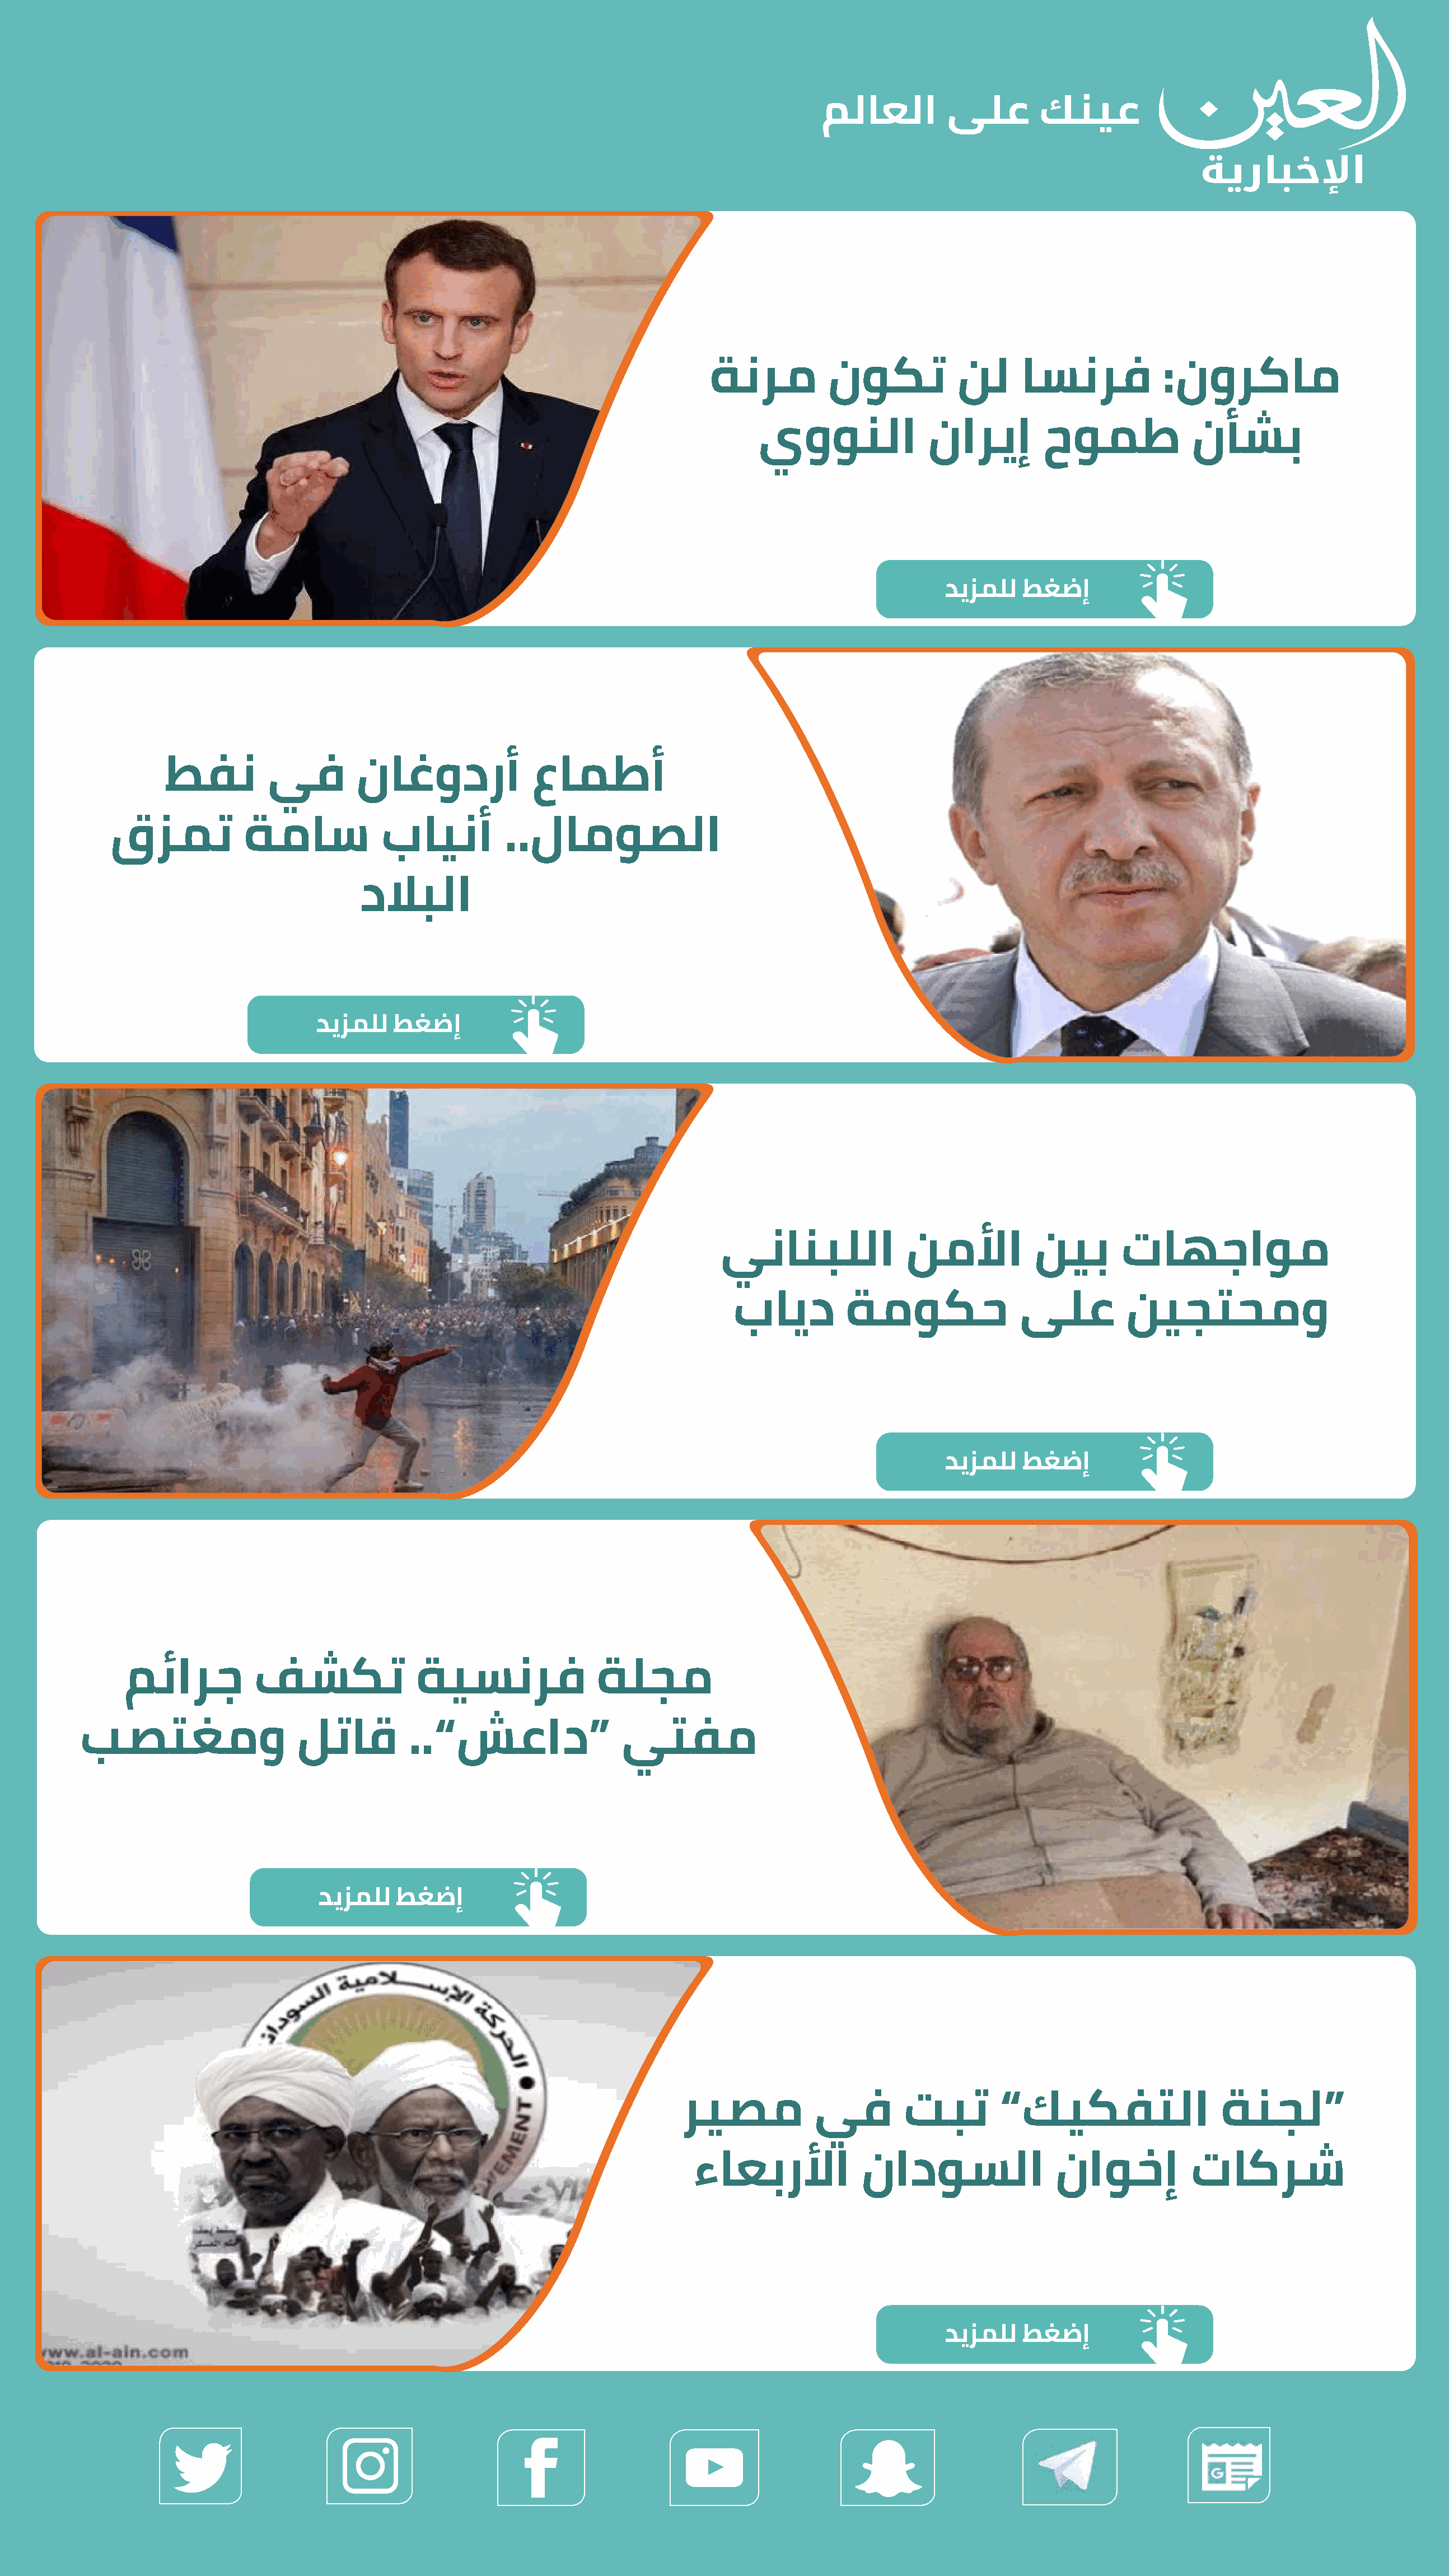
ةنرم          نوكت           نل      اسنرف           :نوركام
 يوونلا              ناريإ        حومط              نأشب
 ديزملل   طغضإ
 طفن         يف        ناغودرأ              عامطأ
 قزمت            ةماس            باينأ          ..لاموصلا
 دلابلا
 ديزملل    طغضإ
 ينانبللا              نملأا          نيب       تاهجاوم
 بايد         ةموكح                ىلع         نيجتحمو
 ديزملل   طغضإ
 مئارج          فشكت               ةيسنرف                ةلجم
 بصتغمو                    لتاق         ..”شعاد“                 يتفم
 ديزملل   طغضإ
 ريصم           يف         تبت        ”كيكفتلا                  ةنجل“
 ءاعبرلأا            نادوسلا                ناوخإ           تاكرش
 ديزملل   طغضإ